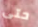
حتى